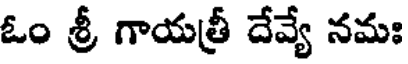
ఓం శ్రీ గాయత్రీ దేవ్యే నమః